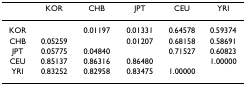
|  | KOR | CHB | JPT | CEU | YRI |
 | --- | --- | --- | --- | --- | --- |
 | KOR |  | 0.01197 | 0.01331 | 0.64578 | 0.59374 |
 | CHB | 0.05259 |  | 0.01207 | 0.68158 | 0.58691 |
 | JPT | 0.05775 | 0.04840 |  | 0.71527 | 0.60823 |
 | CEU | 0.85137 | 0.86316 | 0.86480 |  | 1.00000 |
 | YRI | 0.83252 | 0.82958 | 0.83475 | 1.00000 |  |